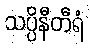
သပ္ပိနီတီရံ